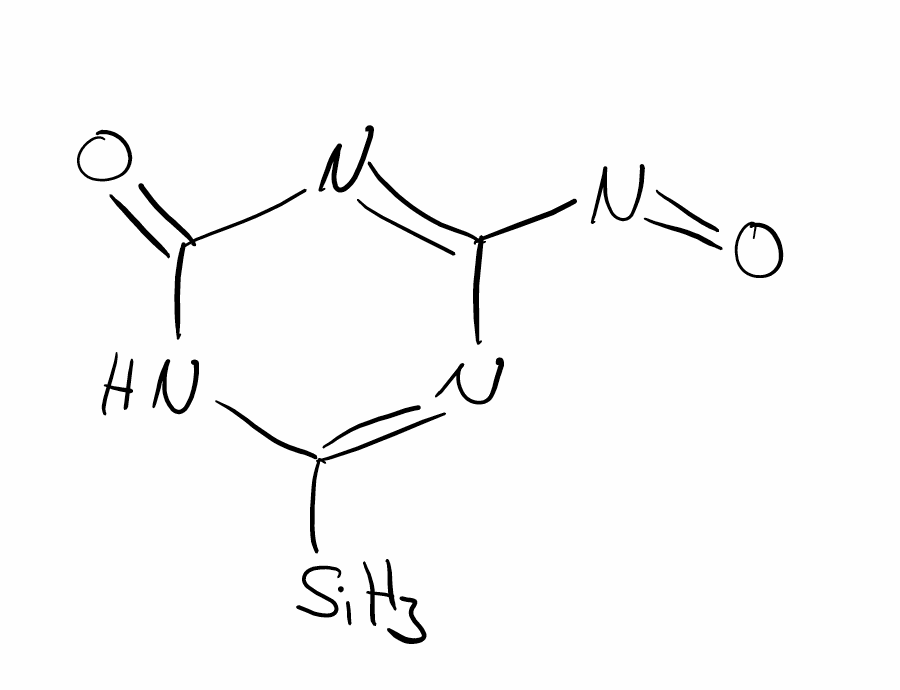
Simplified molecular-input line-entry system (SMILES) notation of the given molecule:
C1(=NC(=NC(=O)N1)N=O)[SiH3]